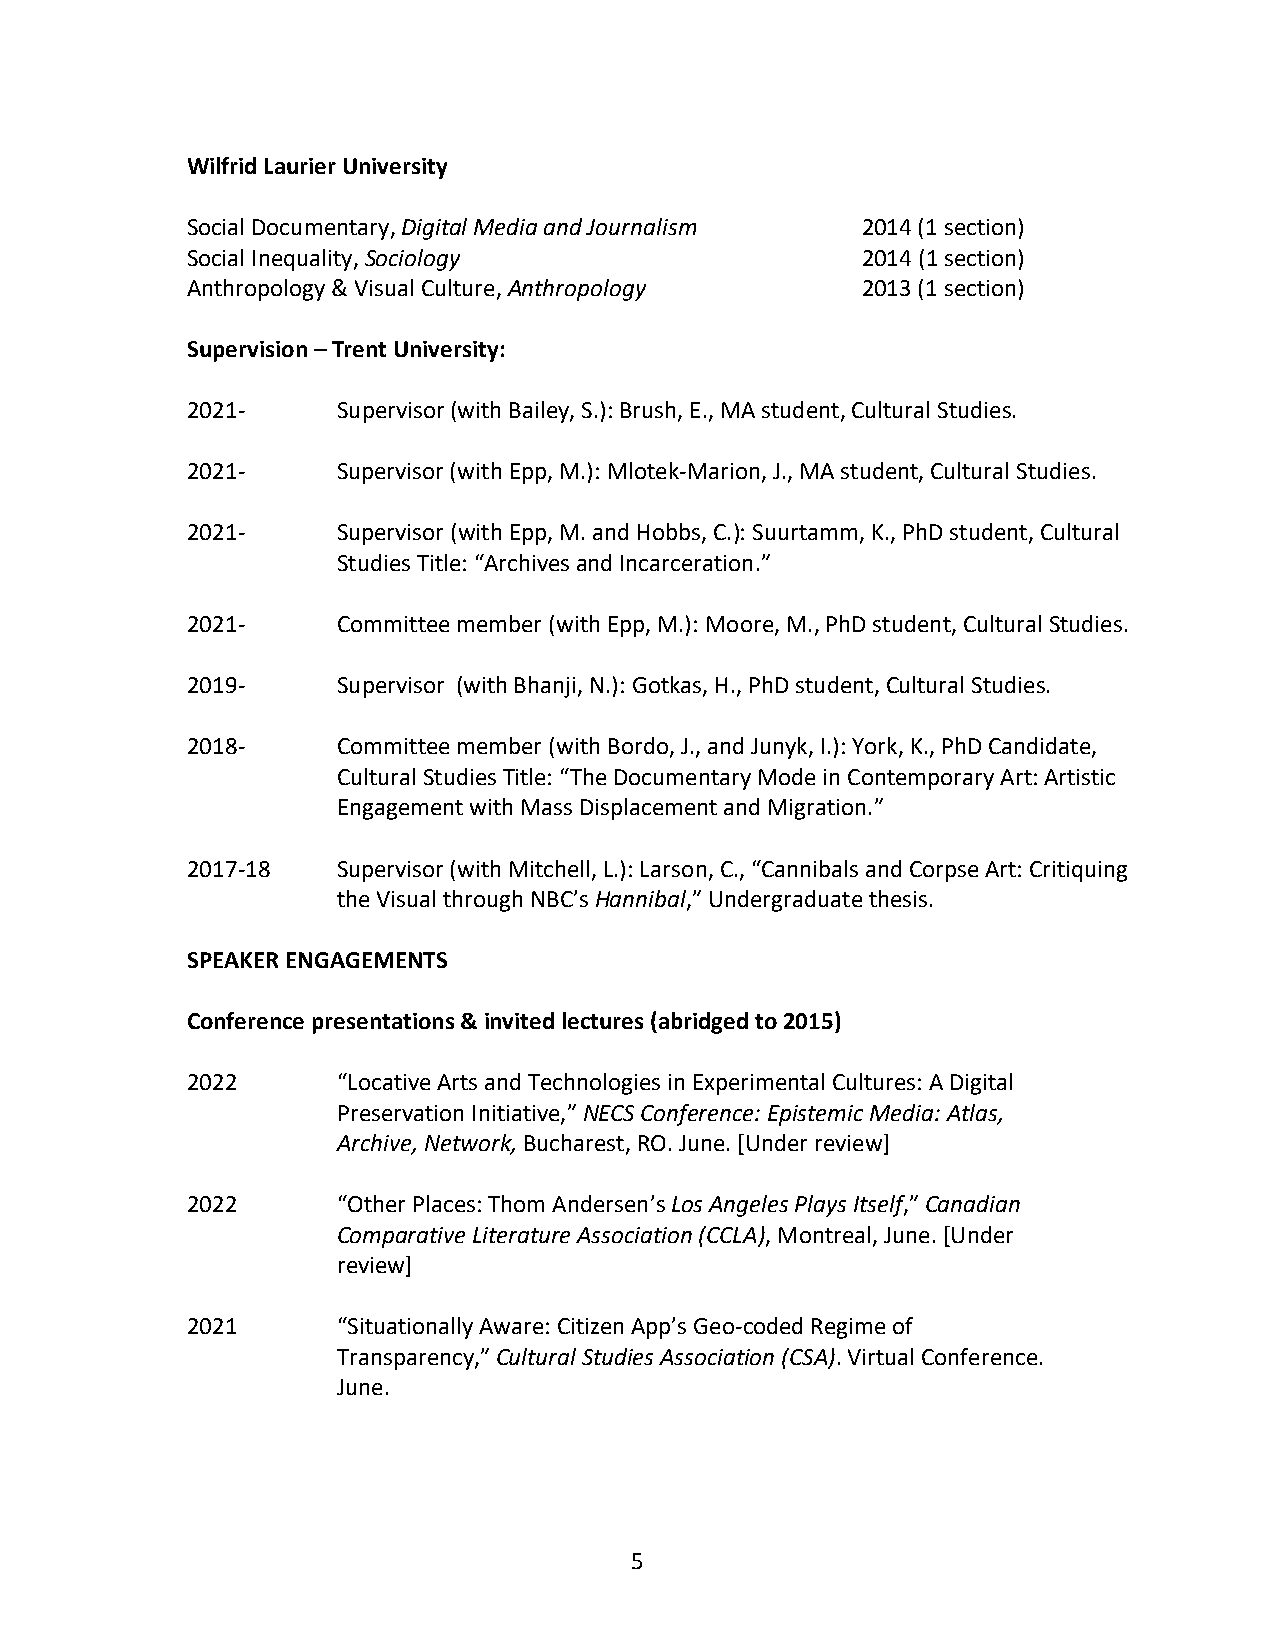
Wilfrid Laurier University
 Social Documentary, Digital Media and Journalism 2014 (1 section)
 Social Inequality, Sociology                 2014 (1 section)
 Anthropology & Visual Culture, Anthropology  2013 (1 section)
 Supervision – Trent University:
 2021-     Supervisor (with Bailey, S.): Brush, E., MA student, Cultural Studies.
 2021-     Supervisor (with Epp, M.): Mlotek-Marion, J., MA student, Cultural Studies.
 2021-     Supervisor (with Epp, M. and Hobbs, C.): Suurtamm, K., PhD student, Cultural
 Studies Title: “Archives and Incarceration.”
 2021-     Committee member (with Epp, M.): Moore, M., PhD student, Cultural Studies.
 2019-     Supervisor (with Bhanji, N.): Gotkas, H., PhD student, Cultural Studies.
 2018-     Committee member (with Bordo, J., and Junyk, I.): York, K., PhD Candidate,
 Cultural Studies Title: “The Documentary Mode in Contemporary Art: Artistic
 Engagement with Mass Displacement and Migration.”
 2017-18   Supervisor (with Mitchell, L.): Larson, C., “Cannibals and Corpse Art: Critiquing
 the Visual through NBC’s Hannibal,” Undergraduate thesis.
 SPEAKER ENGAGEMENTS
 Conference presentations & invited lectures (abridged to 2015)
 2022      “Locative Arts and Technologies in Experimental Cultures: A Digital
 Preservation Initiative,” NECS Conference: Epistemic Media: Atlas,
 Archive, Network, Bucharest, RO. June. [Under review]
 2022      “Other Places: Thom Andersen’s Los Angeles Plays Itself,” Canadian
 Comparative Literature Association (CCLA), Montreal, June. [Under
 review]
 2021      “Situationally Aware: Citizen App’s Geo-coded Regime of
 Transparency,” Cultural Studies Association (CSA). Virtual Conference.
 June.
 5